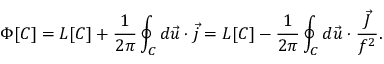
\Phi [ C ] = L [ C ] + \frac { 1 } { 2 \pi } \oint _ { C } d \vec { u } \cdot \vec { j } = L [ C ] - \frac { 1 } { 2 \pi } \oint _ { C } d \vec { u } \cdot \frac { \vec { J } } { f ^ { 2 } } .